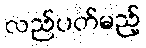
လည်ပတ်မည့်